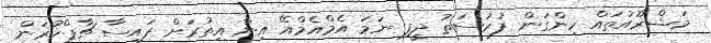
މަޝްރޫއުތައް ހިންގަން ފުރުސަތު ދީފި ނަމަ އެމްއެމްއޭ އިން އިތުރަށް ފައިސާ ޗާޕްކުރަން